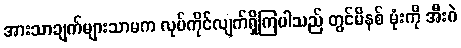
အားသာချက်များသာမက လုပ်ကိုင်လျက်ရှိကြပါသည် တွင်မိနစ် မုံးကို အီးဂဲ